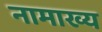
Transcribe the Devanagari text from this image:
नामाख्य